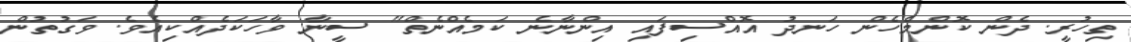
ތިހުރީ. ދެން ކޮންމެހެން ހަނދު އޮއްސިފައި އިންނާނެ ކަމެއްނެތް" ސީނާ ވާހަކަދެއްކިއެވެ. ވަގުތުން